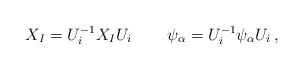
\begin{align*} X_{I} = U_{i}^{-1}X_{I}U_{i} \, \qquad \psi_{\alpha} = U_{i}^{-1}\psi_{\alpha}U_{i} \, ,\end{align*}